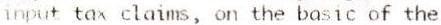
INPUT TAX CLAIMS, ON THE BASIC OF THE